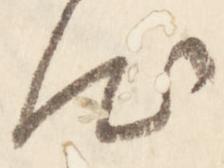
汰